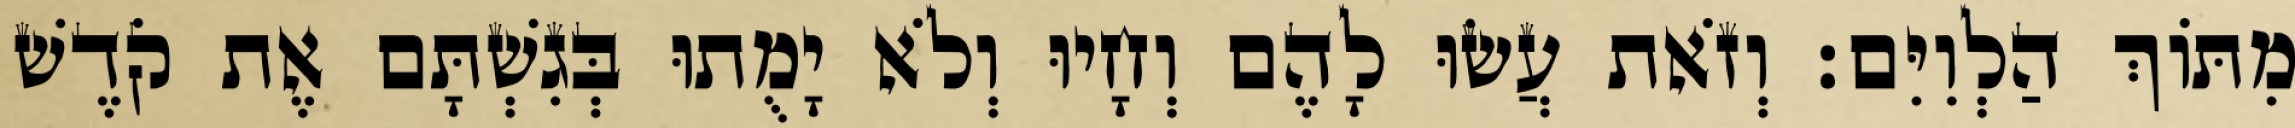
מִתּוֹךְ הַלְוִיִּם׃ וְזֹאת עֲשׂוּ לָהֶם וְחָיוּ וְלֹא יָמֻתוּ בְּגִשְׁתָּם אֶת קֹדֶשׁ